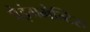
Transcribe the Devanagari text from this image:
प्रेइंगमेन्टिस